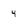
Character: 4